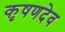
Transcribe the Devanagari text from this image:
कृषणदेव